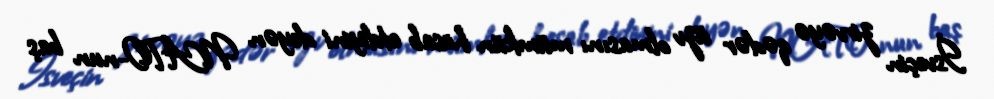
İsveçin zirvəyə qədər üzv olmasını mümkün hesab etdiyini deyən NATO-nun baş